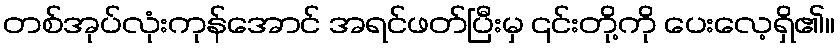
တစ်အုပ်လုံးကုန်အောင် အရင်ဖတ်ပြီးမှ ၎င်းတို့ကို ပေးလေ့ရှိ၏။